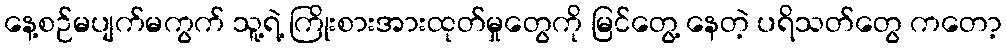
နေ့စဉ်မပျက်မကွက် သူ့ရဲ့ ကြိုးစားအားထုတ်မှုတွေကို မြင်တွေ့ နေတဲ့ ပရိသတ်တွေ ကတော့